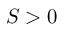
S > 0